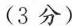
(3分)